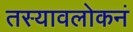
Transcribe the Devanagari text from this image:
तस्यावलोकनं